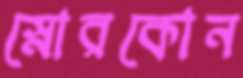
স্নোরকোন